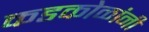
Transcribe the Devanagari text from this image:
कडकोळांनी